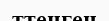
ттенген